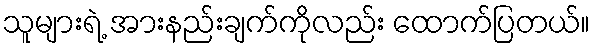
သူများရဲ့ အားနည်းချက်ကိုလည်း ထောက်ပြတယ်။